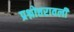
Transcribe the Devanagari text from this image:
प्रश्नोत्तरावली